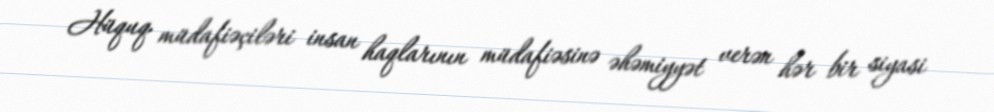
Hüquq müdafiəçiləri insan haqlarının müdafiəsinə əhəmiyyət verən hər bir siyasi